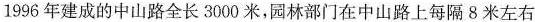
1996年建成的中山路全长3000米，园林部门在中山路上每隔8米左右